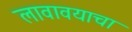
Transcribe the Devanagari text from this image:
लावावयाचा